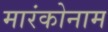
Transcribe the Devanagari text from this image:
मारंकोनाम